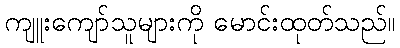
ကျူးကျော်သူများကို မောင်းထုတ်သည်။